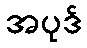
အပုဒ်